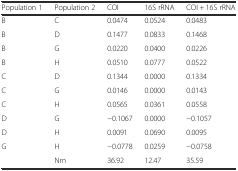
<table><thead><tr><td><b>Population 1</b></td><td><b>Population 2</b></td><td><b>COI</b></td><td><b>16S rRNA</b></td><td><b>COI + 16S rRNA</b></td></tr></thead><tbody><tr><td>B</td><td>C</td><td>0.0474</td><td>0.0524</td><td>0.0483</td></tr><tr><td>B</td><td>D</td><td>0.1477</td><td>0.0833</td><td>0.1468</td></tr><tr><td>B</td><td>G</td><td>0.0220</td><td>0.0400</td><td>0.0226</td></tr><tr><td>B</td><td>H</td><td>0.0510</td><td>0.0777</td><td>0.0522</td></tr><tr><td>C</td><td>D</td><td>0.1344</td><td>0.0000</td><td>0.1334</td></tr><tr><td>C</td><td>G</td><td>0.0146</td><td>0.0000</td><td>0.0143</td></tr><tr><td>C</td><td>H</td><td>0.0565</td><td>0.0361</td><td>0.0558</td></tr><tr><td>D</td><td>G</td><td>−0.1067</td><td>0.0000</td><td>−0.1057</td></tr><tr><td>D</td><td>H</td><td>0.0091</td><td>0.0690</td><td>0.0095</td></tr><tr><td>G</td><td>H</td><td>−0.0778</td><td>0.0259</td><td>−0.0758</td></tr><tr><td></td><td>Nm</td><td>36.92</td><td>12.47</td><td>35.59</td></tr></tbody></table>